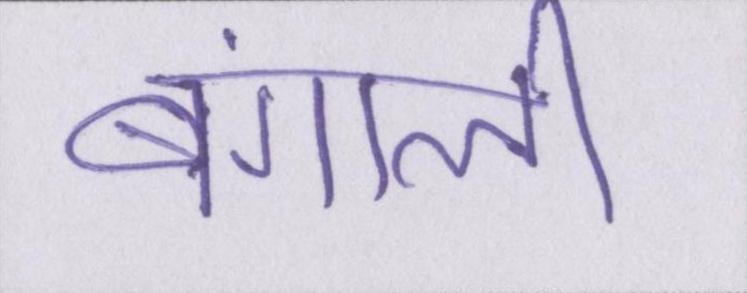
बंगाली